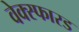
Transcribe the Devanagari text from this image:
वेक्स्फारड